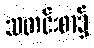
သတင်းစာ၌